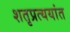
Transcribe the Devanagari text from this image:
शतृप्रत्ययांत